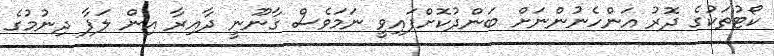
ކޯޓުތަކުގެ ދޮރު އަންހެނުންނަށް ބަންދުކޮށްފައިވީ ނަމަވެސް ގާނޫނީ ދާއިރާ އިން ލަފާ ދިނުމުގެ